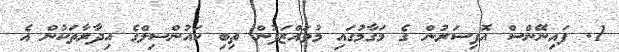
1. ފައިނޭންސް އޮފިސަރުން ގެ މަގާމުގައި މުވައްޒަފުން ތިބި ކައުންސިލްގެ އިދާރާތަކުން އެ